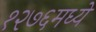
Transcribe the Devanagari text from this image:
१२७६मध्ये